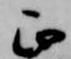
正